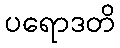
ပရောဒတိ